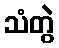
သံတွဲ